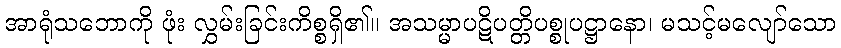
အာရုံသဘောကို ဖုံး လွှမ်းခြင်းကိစ္စရှိ၏။ အသမ္မာပဋိပတ္တိပစ္စုပဋ္ဌာနော၊ မသင့်မလျော်သော